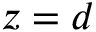
z = d